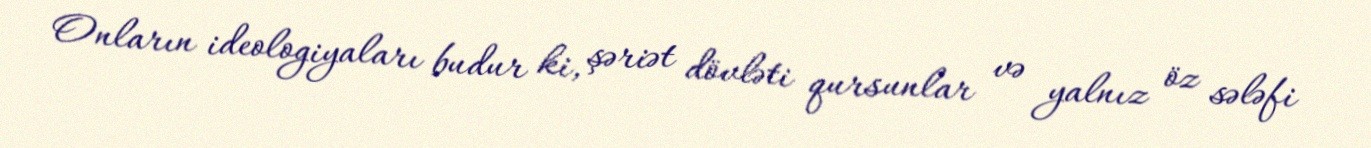
Onların ideologiyaları budur ki, şəriət dövləti qursunlar və yalnız öz sələfi